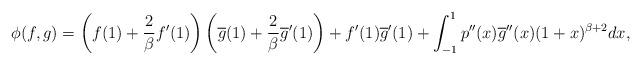
LaTeX: \begin{align*}\phi(f,g)=\left( f(1)+\frac{2}{\beta}f^{\prime}(1)\right) \left(\overline{g}(1)+\frac{2}{\beta}\overline{g}^{\prime}(1)\right) +f^{\prime}(1)\overline{g}^{\prime}(1)+\int_{-1}^{1}p^{\prime\prime}(x)\overline{g}^{\prime\prime}(x)(1+x)^{\beta+2}dx,\end{align*}